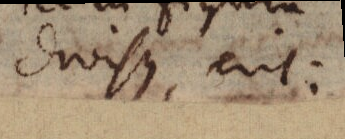
divisi, erit: